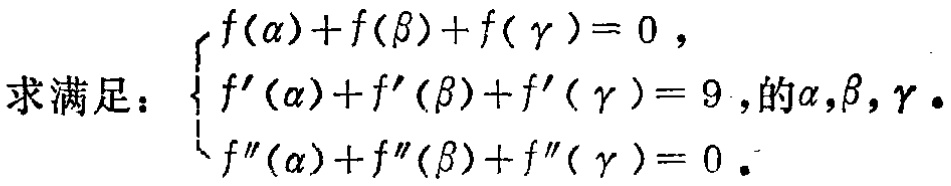
求满足：$\begin{cases}

f(\alpha)+f(\beta)+f(\gamma)=0,\\

f'(\alpha)+f'(\beta)+f'(\gamma)=9,\\

f''(\alpha)+f''(\beta)+f''(\gamma)=0.

\end{cases}$的$\alpha,\beta,\gamma$。